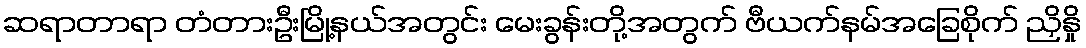
ဆရာတာရာ တံတားဦးမြို့နယ်အတွင်း မေးခွန်းတို့အတွက် ဗီယက်နမ်အခြေစိုက် ညှိနှို